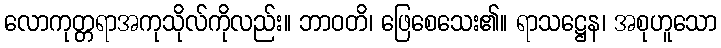
လောကုတ္တရာအကုသိုလ်ကိုလည်း။ ဘာဝတိ၊ ဖြေစေသေး၏။ ရာသဋ္ဌေန၊ အစုဟူသော